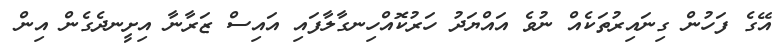
އޭގެ ފަހުން ގިނައިރުތަކެއް ނުވެ އައްޔަދު ހަރުކޮއްހިނގާލާފައި އައިސް ޒަރާނާ އިށީނދެގެން އިން